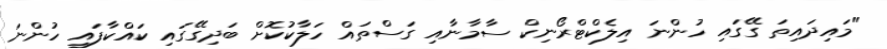
"މައިދައިތަ ގޭގައި ހުންނަ އިލެކްޓްރޯނިކް ސާމާނާއި ގަސްތައް ހަލާކުކޮށް ބަދިގޭގައި ކައްކާފައި ހުންނަ